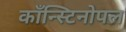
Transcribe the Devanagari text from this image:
काँन्स्टिनोपल